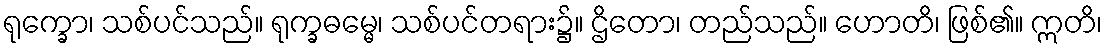
ရုက္ခော၊ သစ်ပင်သည်။ ရုက္ခဓမ္မေ၊ သစ်ပင်တရား၌။ ဌိတော၊ တည်သည်။ ဟောတိ၊ ဖြစ်၏။ ဣတိ၊